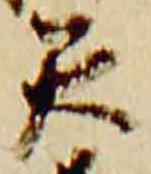
矢